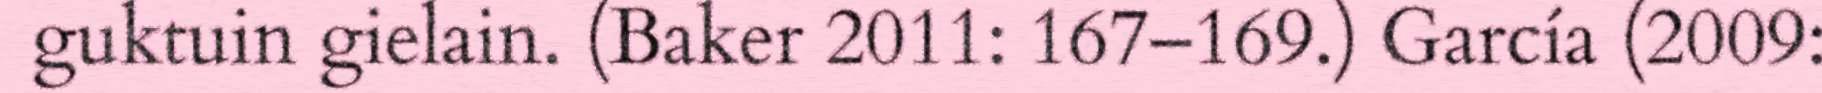
guktuin gielain. (Baker 2011: 167–169.) García (2009: